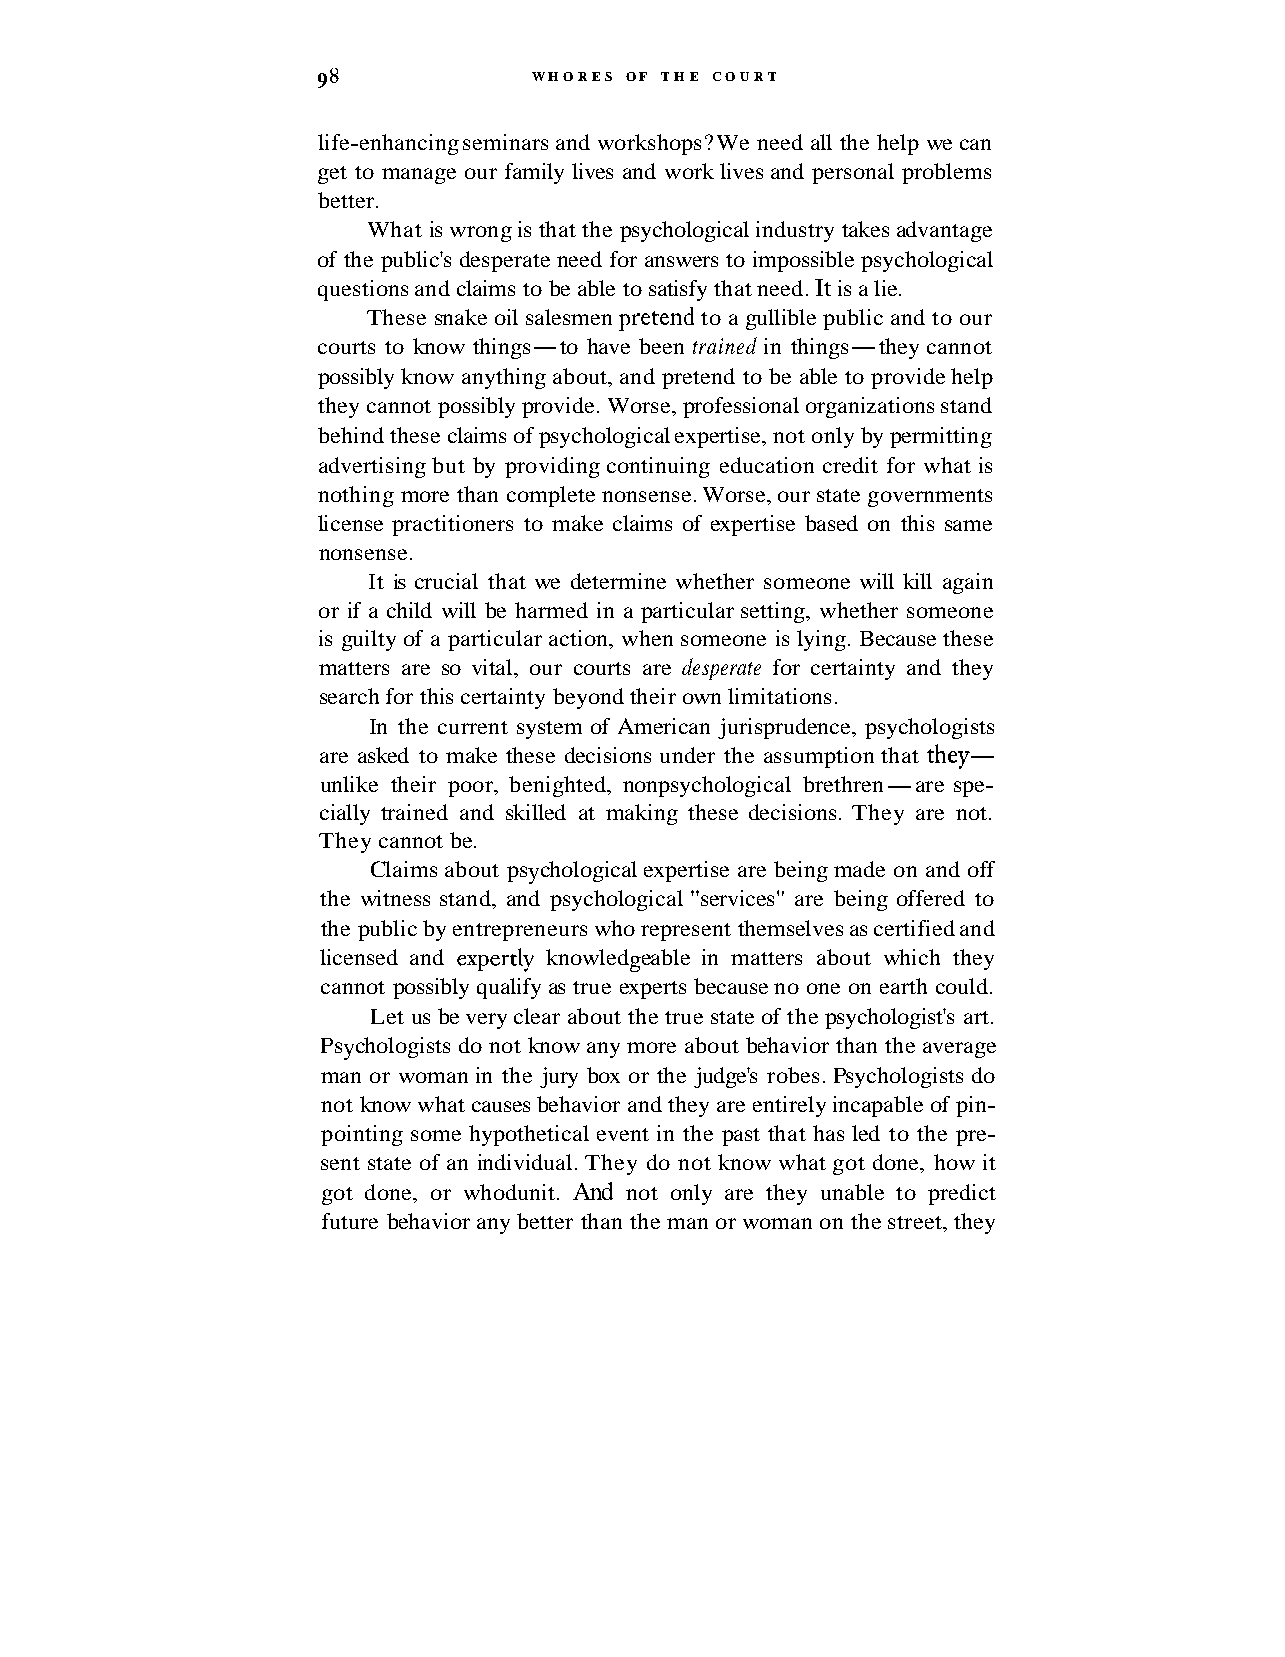
9 8           WHORES OF THE COURT
 life-enhancing seminars and workshops? We need all the help we can
 get to manage our family lives and work lives and personal problems
 better.
 What is wrong is that the psychological industry takes advantage
 of the public's desperate need for answers to impossible psychological
 questions and claims to be able to satisfy that need. It is a lie.
 ret tend
 These snake oil salesmen to a gullible public and to our
 courts to know things-to have been trained in things-they cannot
 possibly know anything about, and pretend to be able to provide help
 they cannot possibly provide. Worse, professional organizations stand
 behind these claims of psychological expertise, not only by permitting
 advertising but by providing continuing education credit for what is
 nothing more than complete nonsense. Worse, our state governments
 license practitioners to make claims of expertise based on this same
 nonsense.
 It is crucial that we determine whether someone will kill again
 or if a child will be harmed in a particular setting, whether someone
 is guilty of a particular action, when someone is lying. Because these
 matters are so vital, our courts are desperate for certainty and they
 search for this certainty beyond their own limitations.
 In the current system of American jurisprudence, psychologists
 are asked to make these decisions under the assumption that they-
 unlike their poor, benighted, nonpsychological brethren-are spe-
 cially trained and skilled at making these decisions. They are not.
 They cannot be.
 Claims about psychological expertise are being made on and off
 the witness stand, and psychological "services" are being offered to
 the public by entrepreneurs who represent themselves as certified and
 licensed and expertly knowledgeable in matters about which they
 cannot possibly qualify as true experts because no one on earth could.
 Let us be very clear about the true state of the psychologist's art.
 Psychologists do not know any more about behavior than the average
 man or woman in the jury box or the judge's robes. Psychologists do
 not know what causes behavior and they are entirely incapable of pin-
 pointing some hypothetical event in the past that has led to the pre-
 sent state of an individual. They do not know what got done, how it
 got done, or whodunit. And not only are they unable to predict
 future behavior any better than the man or woman on the street, they